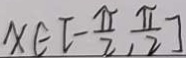
x \in [ - \frac { \pi } { 2 } , \frac { \pi } { 2 } ]